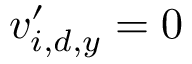
v _ { i , d , y } ^ { \prime } = 0